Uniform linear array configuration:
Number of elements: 32
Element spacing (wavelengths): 0.5
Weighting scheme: hamming
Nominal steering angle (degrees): -30
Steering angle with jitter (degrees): -28.375
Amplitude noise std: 0.05
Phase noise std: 0.05

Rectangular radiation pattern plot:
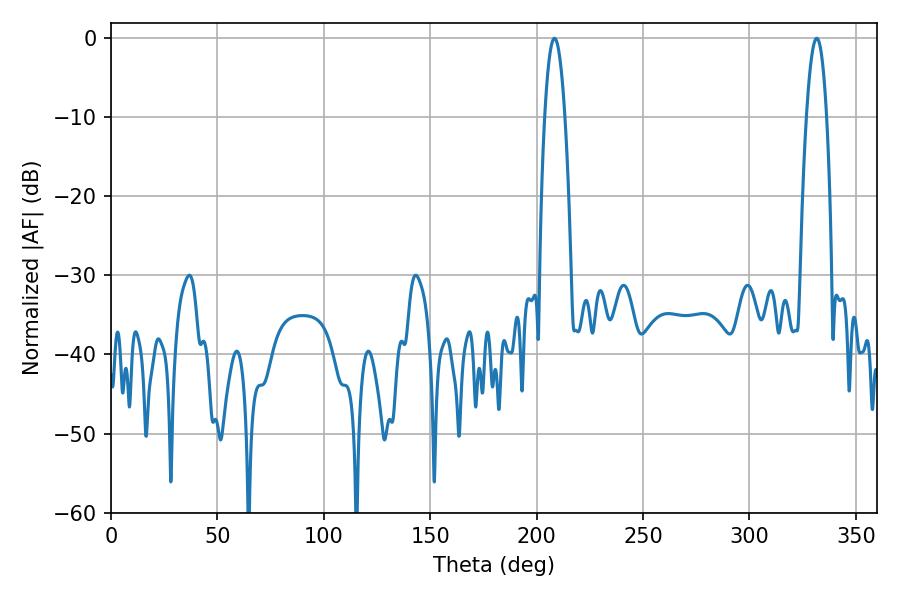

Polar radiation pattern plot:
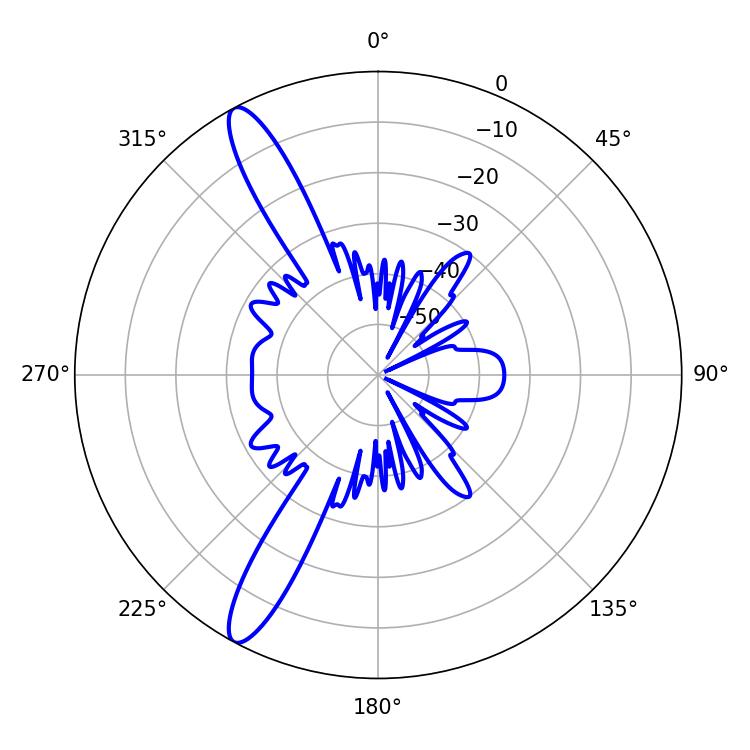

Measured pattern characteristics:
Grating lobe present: FALSE
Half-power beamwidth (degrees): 5.22
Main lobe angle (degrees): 331.56